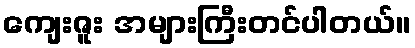
ကျေးဇူး အများကြီးတင်ပါတယ်။